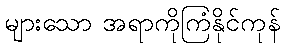
များသော အရာကိုကြံနိုင်ကုန်